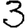
Digit: 3